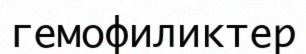
гемофиликтер